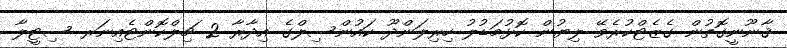
ޤާނޫނީގޮތުން ގެޒެޓްކުރެވޭ ލިޔުން ކޮޅުމަޑުލު ހިރިލަންދޫ ކައުންސިލްގެ އިދާރާ 2 ޗިލްކޮންޓެއިނަރ ސިޓީލާ